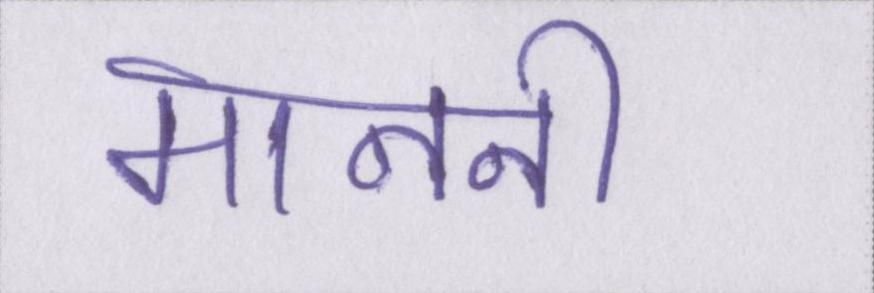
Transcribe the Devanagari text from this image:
माननीय